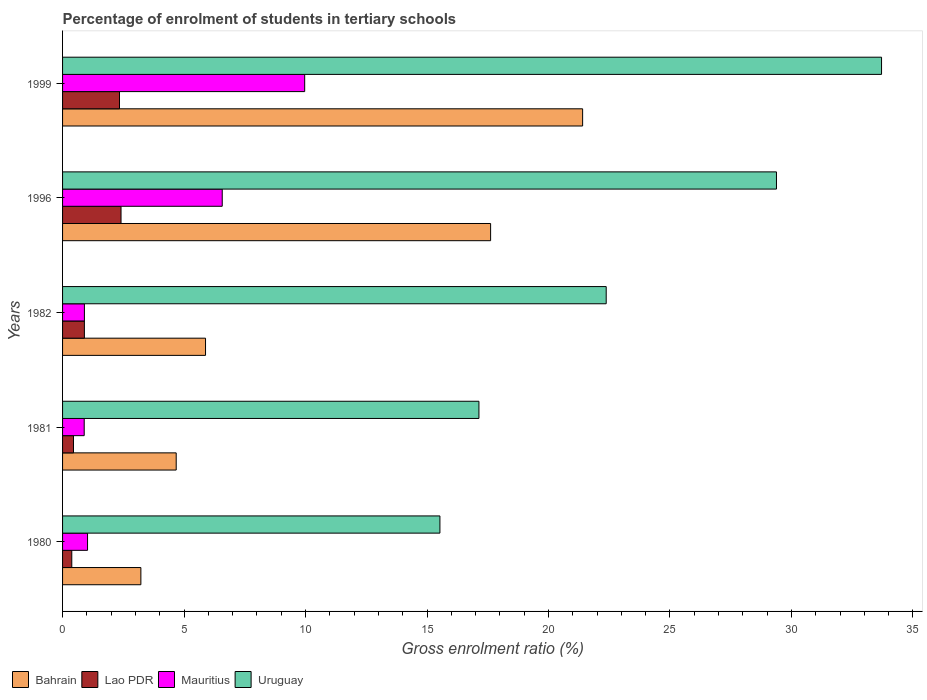
| Years | Bahrain | Lao PDR | Mauritius | Uruguay |
 | --- | --- | --- | --- | --- |
 | 1980 | 3.22 | 0.379 | 1.03 | 15.5 |
 | 1981 | 4.68 | 0.449 | 0.891 | 17.1 |
 | 1982 | 5.88 | 0.899 | 0.899 | 22.4 |
 | 1996 | 17.6 | 2.41 | 6.57 | 29.4 |
 | 1999 | 21.4 | 2.34 | 9.97 | 33.7 |